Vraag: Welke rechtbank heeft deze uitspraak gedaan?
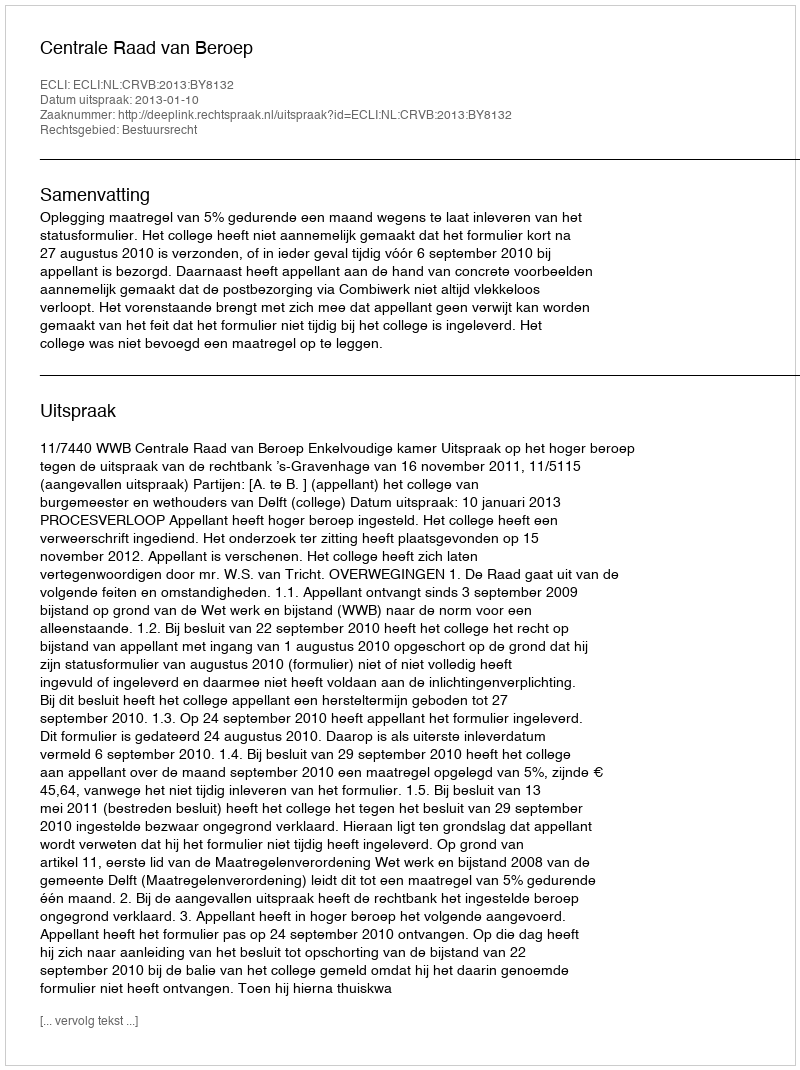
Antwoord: Centrale Raad van Beroep